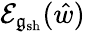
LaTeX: \mathcal{E}_{\mathfrak{g}_{\mathrm{sh}}}(\hat{w})